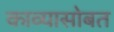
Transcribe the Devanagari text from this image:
काव्यासोबत